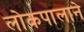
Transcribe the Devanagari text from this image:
लोकपालाने